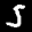
Label: 5